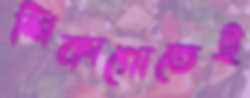
শিকাগোতেই